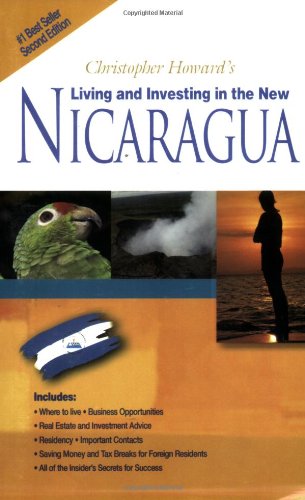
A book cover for Christopher Howard's Living & Investing in the New Nicaragua; Tim Rogers; Travel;